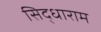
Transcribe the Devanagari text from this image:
सिद्धाराम